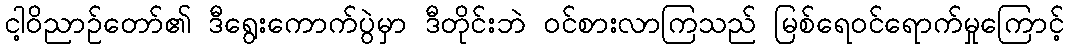
ငါ့ဝိညာဉ်တော်၏ ဒီရွေးကောက်ပွဲမှာ ဒီတိုင်းဘဲ ဝင်စားလာကြသည် မြစ်ရေဝင်ရောက်မှုကြောင့်